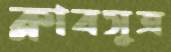
ক্লাবসূত্র